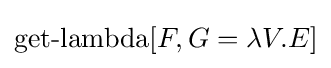
\operatorname {get-lambda} [F,G=\lambda V.E]